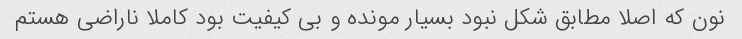
نون که اصلا مطابق شکل نبود بسیار مونده و بی کیفیت بود کاملا ناراضی هستم